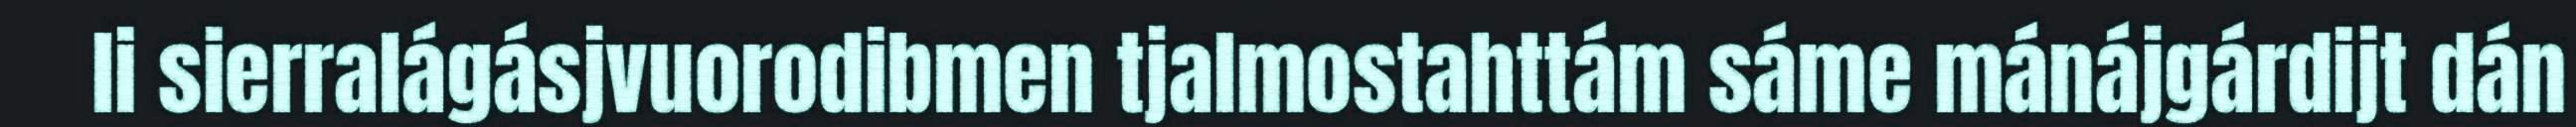
li sierralágásjvuorodibmen tjalmostahttám sáme mánájgárdijt dán